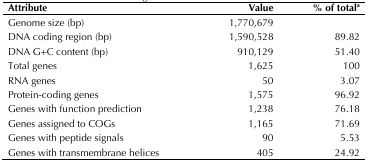
<table><thead><tr><td><b>Attribute</b></td><td><b>Value</b></td><td><b>% of total<sup>a</sup></b></td></tr></thead><tbody><tr><td>Genome size (bp)</td><td>1,770,679</td><td></td></tr><tr><td>DNA coding region (bp)</td><td>1,590,528</td><td>89.82</td></tr><tr><td>DNA G+C content (bp)</td><td>910,129</td><td>51.40</td></tr><tr><td>Total genes</td><td>1,625</td><td>100</td></tr><tr><td>RNA genes</td><td>50</td><td>3.07</td></tr><tr><td>Protein-coding genes</td><td>1,575</td><td>96.92</td></tr><tr><td>Genes with function prediction</td><td>1,238</td><td>76.18</td></tr><tr><td>Genes assigned to COGs</td><td>1,165</td><td>71.69</td></tr><tr><td>Genes with peptide signals</td><td>90</td><td>5.53</td></tr><tr><td>Genes with transmembrane helices</td><td>405</td><td>24.92</td></tr></tbody></table>